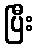
ပြီး